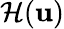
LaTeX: \mathcal{H}(\mathbf{u})